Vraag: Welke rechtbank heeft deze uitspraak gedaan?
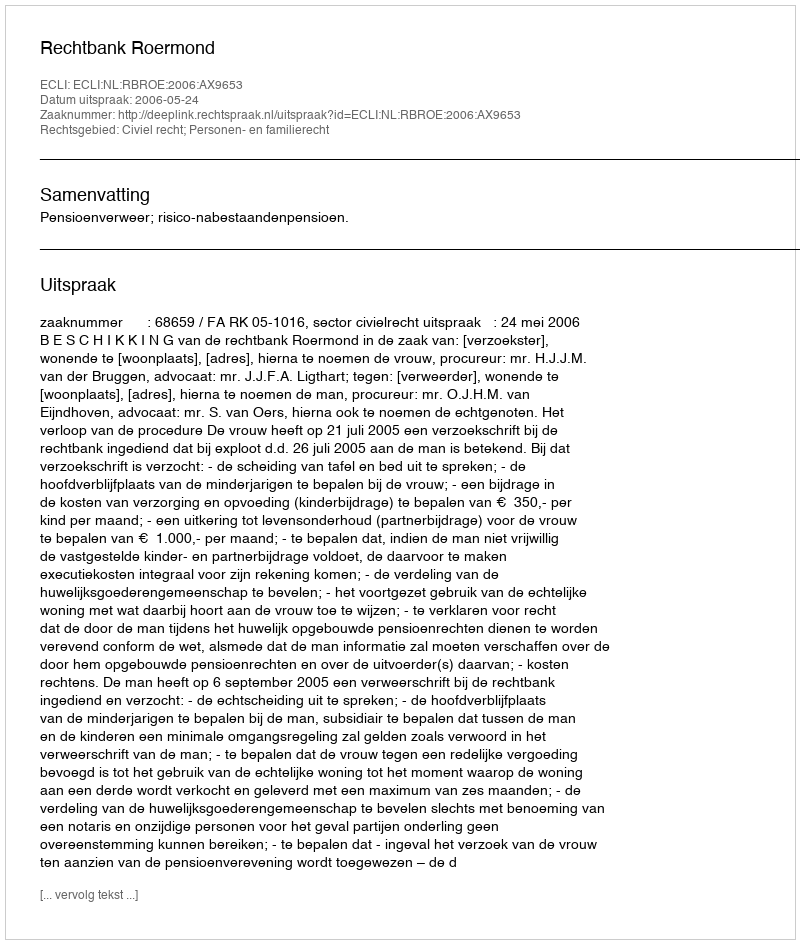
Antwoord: Rechtbank Roermond